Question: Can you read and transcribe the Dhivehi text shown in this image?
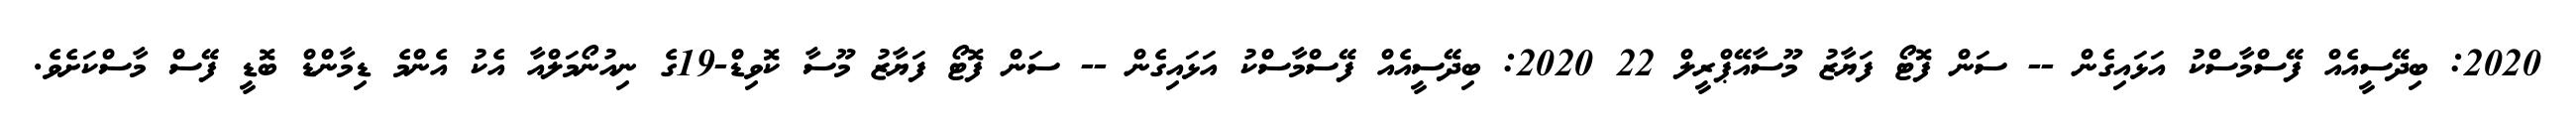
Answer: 2020: ބިދޭސީއެއް ފޭސްމާސްކު އަޅައިގެން -- ސަން ފޮޓޯ ފަޔާޒު މޫސާއޭޕްރީލް 22 2020: ބިދޭސީއެއް ފޭސްމާސްކު އަޅައިގެން -- ސަން ފޮޓޯ ފަޔާޒު މޫސާ ކޮވިޑް-19ގެ ނިއުނޯމަލްއާ އެކު އެންމެ ޑިމާންޑް ބޮޑީ ފޭސް މާސްކަށެވެ.